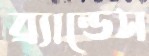
ব্র্যান্ডেস